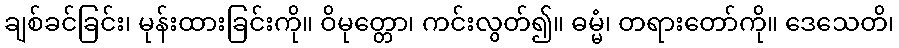
ချစ်ခင်ခြင်း၊ မုန်းထားခြင်းကို။ ဝိမုတ္တော၊ ကင်းလွတ်၍။ ဓမ္မံ၊ တရားတော်ကို။ ဒေသေတိ၊